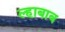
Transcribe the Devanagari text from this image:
ल्हाबाब